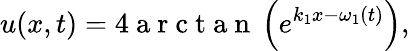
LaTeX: u(x,t)=4\mathrm{~a~r~c~t~a~n~}\left(e^{k_{1}x-\omega_{1}(t)}\right),